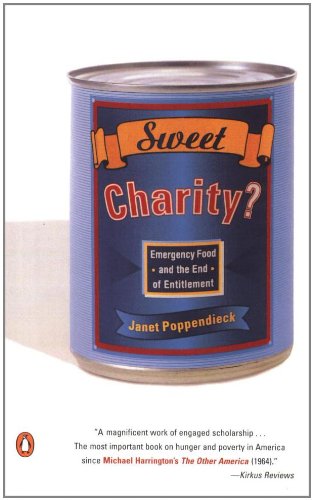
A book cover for Sweet Charity?: Emergency Food and the End of Entitlement; Janet Poppendieck; Politics & Social Sciences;